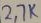
Text: 27K